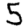
Digit: 5